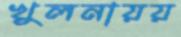
খুলনায়য়